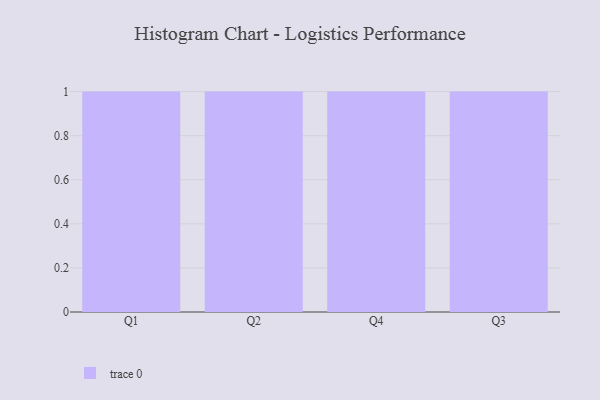
{"axis": {"x": "Quarter", "y": "Conversion Rate (%)"}, "legend": [""], "data": [{"x": "Q1", "y": 57, "type": ""}, {"x": "Q2", "y": 54, "type": ""}, {"x": "Q4", "y": 12, "type": ""}, {"x": "Q3", "y": 23, "type": ""}]}